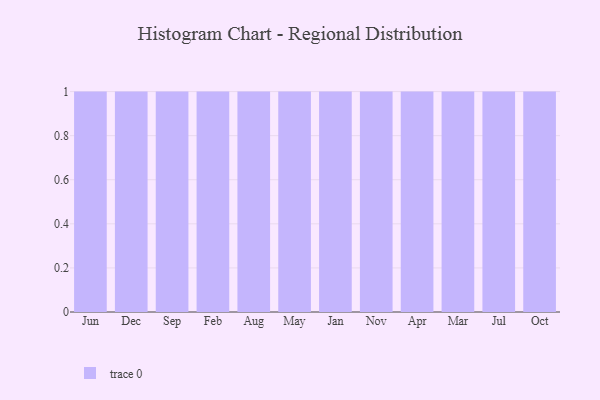
{"axis": {"x": "Month", "y": "Page Views"}, "legend": [""], "data": [{"x": "Jun", "y": 51, "type": ""}, {"x": "Dec", "y": 57, "type": ""}, {"x": "Sep", "y": 91, "type": ""}, {"x": "Feb", "y": 90, "type": ""}, {"x": "Aug", "y": 49, "type": ""}, {"x": "May", "y": 34, "type": ""}, {"x": "Jan", "y": 12, "type": ""}, {"x": "Nov", "y": 81, "type": ""}, {"x": "Apr", "y": 13, "type": ""}, {"x": "Mar", "y": 15, "type": ""}, {"x": "Jul", "y": 31, "type": ""}, {"x": "Oct", "y": 35, "type": ""}]}